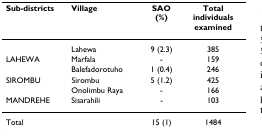
<table><thead><tr><td><b>Sub-districts</b></td><td><b>Village</b></td><td><b>SAO (%)</b></td><td><b>Total individuals examined</b></td></tr></thead><tbody><tr><td></td><td>Lahewa</td><td>9 (2.3)</td><td>385</td></tr><tr><td>LAHEWA</td><td>Marfala</td><td>-</td><td>159</td></tr><tr><td></td><td>Balefadorotuho</td><td>1 (0.4)</td><td>246</td></tr><tr><td>SIROMBU</td><td>Sirombu</td><td>5 (1.2)</td><td>425</td></tr><tr><td></td><td>Onolimbu Raya</td><td>-</td><td>166</td></tr><tr><td>MANDREHE</td><td>Sisarahili</td><td>-</td><td>103</td></tr><tr><td>Total</td><td></td><td>15 (1)</td><td>1484</td></tr></tbody></table>